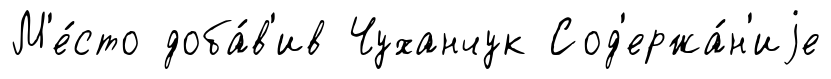
М'е́сто доба́в'ив Чуханчук Сод'ержа́н'иjе